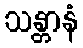
သန္တာနံ